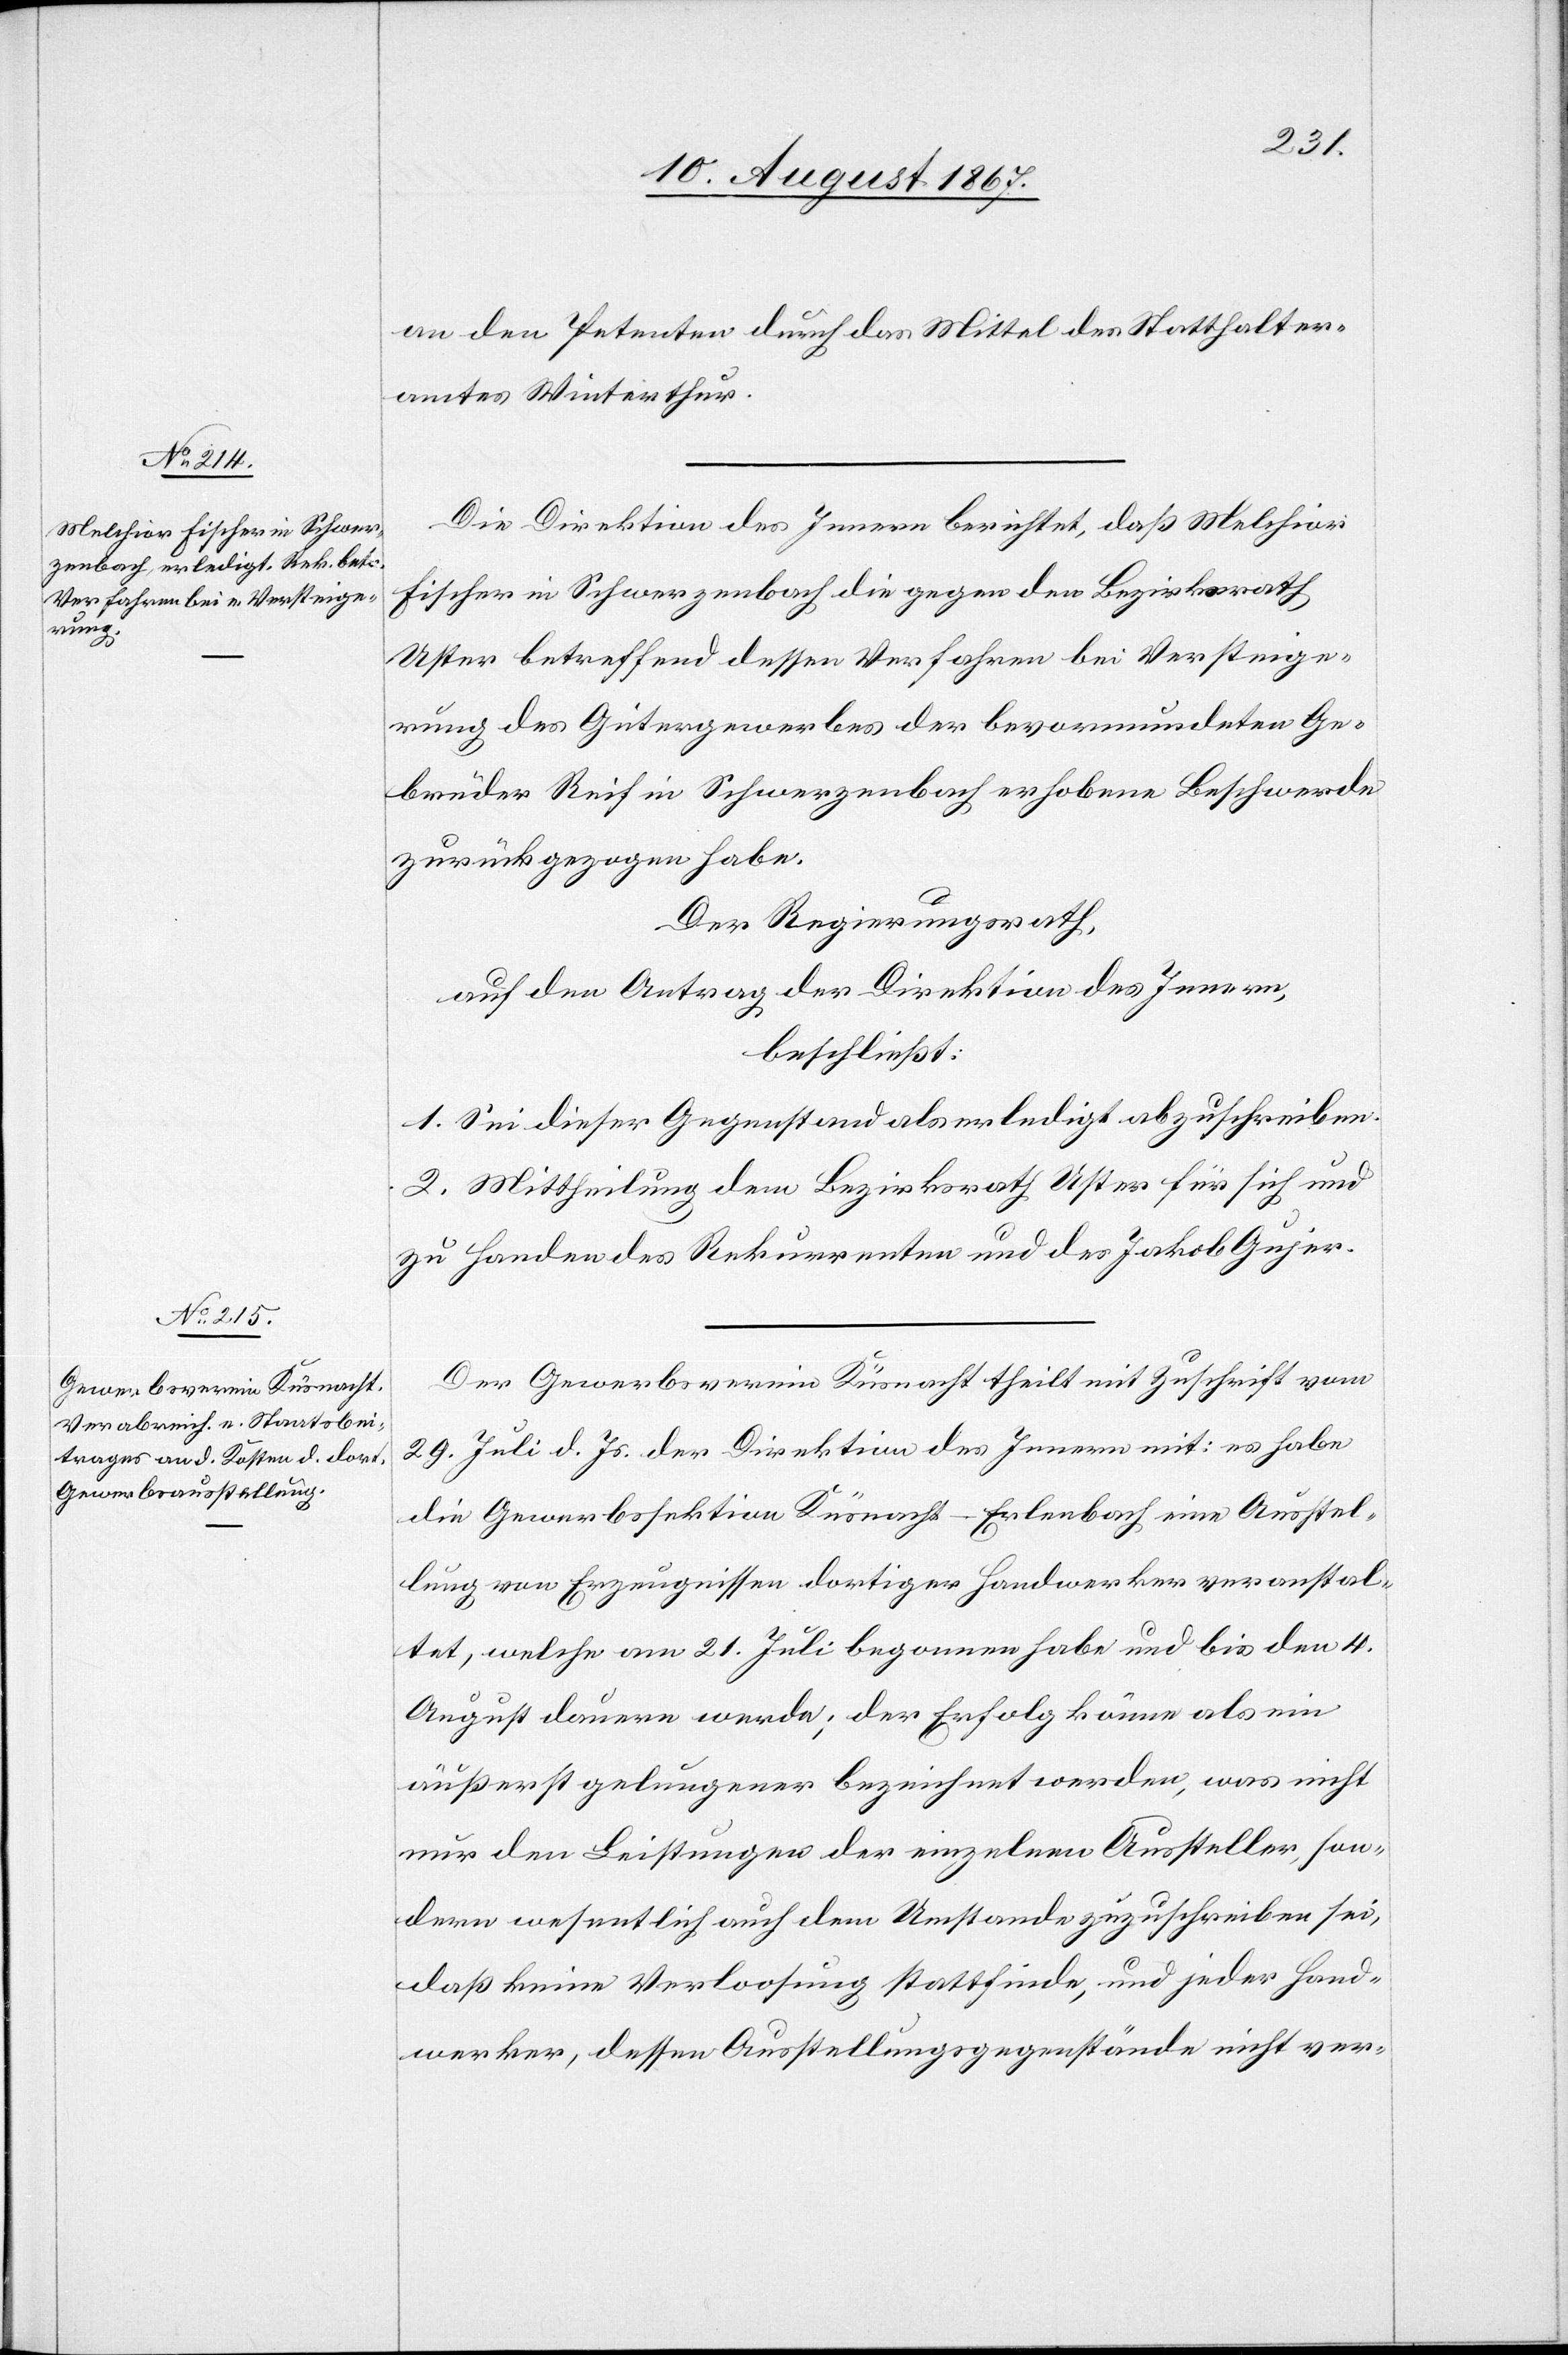
an den Petenten durch das Mittel des Statthalter¬
amtes Winterthur.
Die Direktion des Innern berichtet, daß Melchior
Fischer in Schwerzenbach die gegen den Bezirksrath
Uster betreffend dessen Verfahren bei Versteige¬
rung des Gütergewerbes der bevormundeten Ge¬
brüder Reif in Schwerzenbach erhobene Beschwerde
zurückgezogen habe.
Der Regierungsrath,
auf den Antrag der Direktion des Innern,
beschließt:
1. Sei dieser Gegenstand als erledigt abzuschreiben.
2. Mittheilung dem Bezirksrath Uster für sich und
zu Handen des Rekurrenten und des Jakob Gujer.
Der Gewerbeverein Küsnacht theilt mit Zuschrift vom
29. Juli d. Js. der Direktion des Innern mit: es habe
die Gewerbssektion Küsnacht-Erlenbach eine Ausstel¬
lung von Erzeugnissen dortiger Handwerker veranstal¬
tet, welche am 21. Juli begonnen habe und bis den 4.
August dauern werde; der Erfolg könne als ein
äußerst gelungener bezeichnet werden, was nicht
nur den Leistungen der einzelnen Aussteller, son¬
dern wesentlich auch dem Umstande zuzuschreiben sei,
daß keine Verloosung stattfinde, und jeder Hand¬
werker, dessen Ausstellungsgegenstände nicht ver-